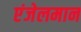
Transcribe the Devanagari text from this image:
एंजेलमान